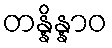
တန္နိန္နာဝ